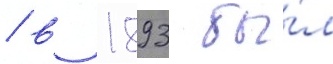
/ в 1893 бы́л